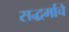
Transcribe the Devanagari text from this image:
सद्धर्माचे